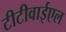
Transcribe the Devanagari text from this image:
टीटीवाईएल